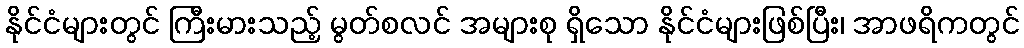
နိုင်ငံများတွင် ကြီးမားသည့် မွတ်စလင် အများစု ရှိသော နိုင်ငံများဖြစ်ပြီး၊ အာဖရိကတွင်